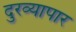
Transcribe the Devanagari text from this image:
दुरव्यापार